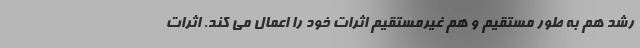
رشد هم به طور مستقیم و هم غیرمستقیم اثرات خود را اعمال می کند. اثرات